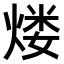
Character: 𤋏